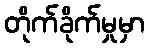
တိုက်ခိုက်မှုမှာ